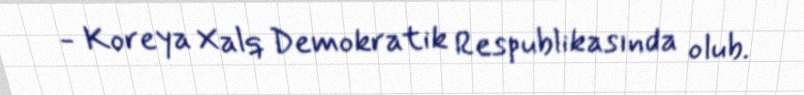
- Koreya Xalq Demokratik Respublikasında olub.